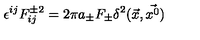
\epsilon ^ { i j } F _ { i j } ^ { \pm 2 } = 2 \pi a _ { \pm } F _ { \pm } \delta ^ { 2 } ( \vec { x } , \vec { x ^ { 0 } } )